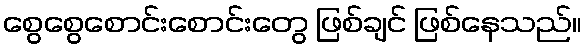
စွေစွေစောင်းစောင်းတွေ ဖြစ်ချင် ဖြစ်နေသည်။